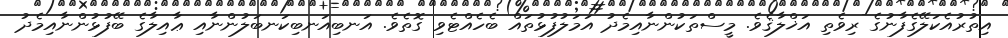
އިތުރުއެކަލޭގެފާނުގެ ރިވެތި އަޚްލާޤެވެ. މީސްތަކުންނާއިމެދު އަމަލުފުޅުތައް ބެހެއްޓެވި ގޮތެވެ. އަނބިއަނބިކަނބަލުންނާއި ޢާއިލާގެ ބޭފުޅުންނާއިމެދު